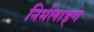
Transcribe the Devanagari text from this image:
निर्मलाङ्ग